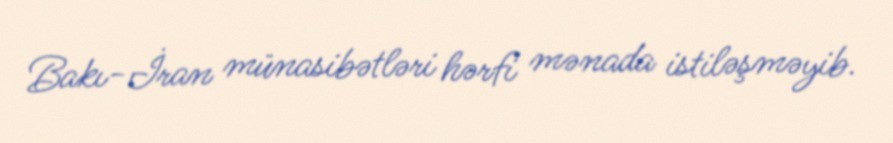
Bakı-İran münasibətləri hərfi mənada istiləşməyib.